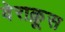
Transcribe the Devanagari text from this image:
वेराक्रूस